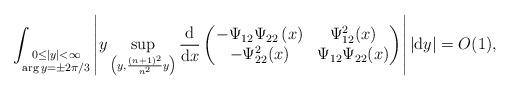
LaTeX: \begin{gather*}\int_{\substack{0 \le \vert y\vert <\infty \\ \arg y = \pm2\pi/3}} \left\vert y\sup_{\left(y, \frac{(n+1)^2}{n^2}y\right)}\frac{{\rm d}}{{\rm d}x} \left( \begin{matrix}-\Psi_{12}\Psi_{22} \left(x\right) & \Psi_{12}^2(x) \\-\Psi_{22}^2(x) & \Psi_{12}\Psi_{22}(x)\end{matrix}\right)\right\vert \vert {\rm d}y\vert = O(1),\end{gather*}